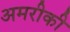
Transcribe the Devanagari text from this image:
अमरीकी